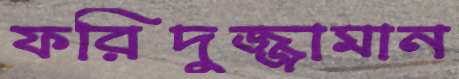
ফরিদুজ্জামান